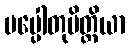
ပပ္ပေါတုမိတ္ထိယာ